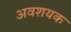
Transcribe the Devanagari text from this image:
अवशयक